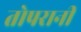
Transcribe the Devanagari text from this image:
तोपरानी